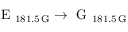
\textrm { E } _ { 1 8 1 . 5 \, \mathrm { G } } \rightarrow \textrm { G } _ { 1 8 1 . 5 \, \mathrm { G } }